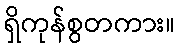
ရှိကုန်စွတကား။